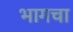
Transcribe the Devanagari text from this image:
भागचा